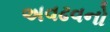
અવઢવનો